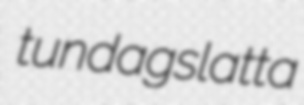
tundagslatta